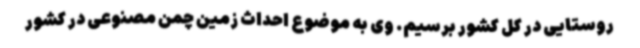
روستایی در کل کشور برسیم. وی به موضوع احداث زمین چمن مصنوعی در کشور